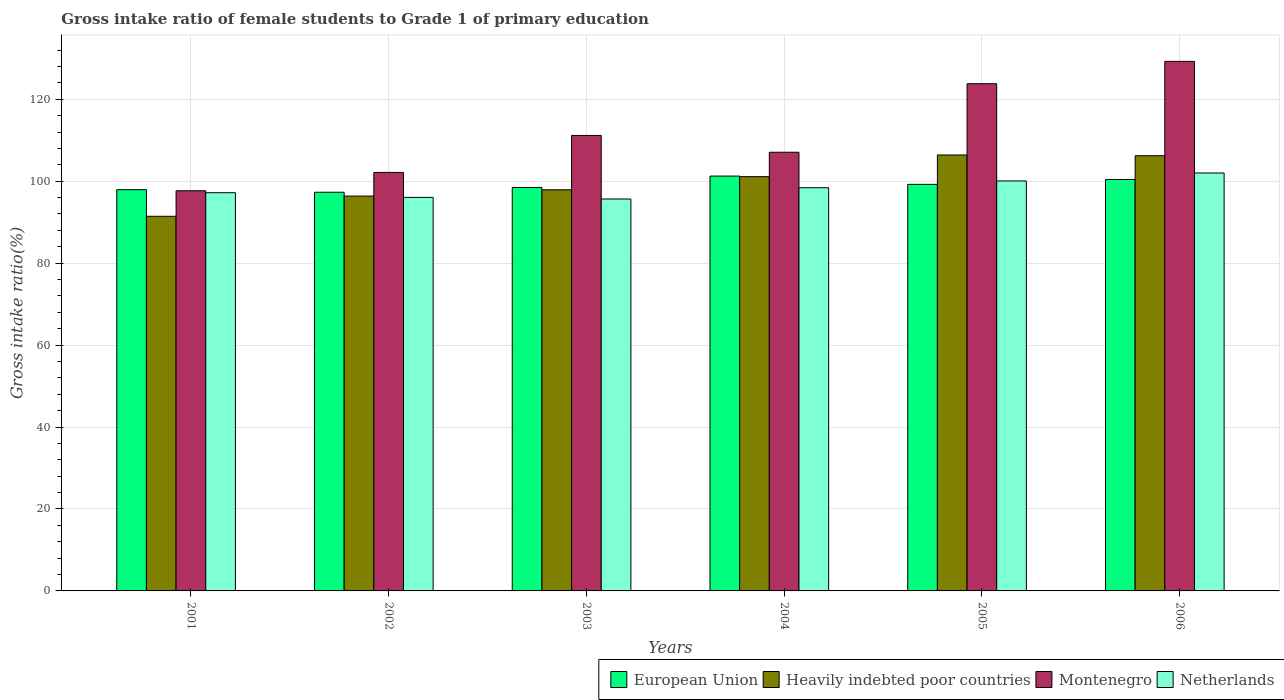
| Years | European Union | Heavily indebted poor countries | Montenegro | Netherlands |
 | --- | --- | --- | --- | --- |
 | 2001 | 97.9 | 91.4 | 97.7 | 97.2 |
 | 2002 | 97.3 | 96.4 | 102 | 96 |
 | 2003 | 98.5 | 97.9 | 111 | 95.7 |
 | 2004 | 101 | 101 | 107 | 98.4 |
 | 2005 | 99.2 | 106 | 124 | 100 |
 | 2006 | 100 | 106 | 129 | 102 |